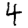
Digit: 4